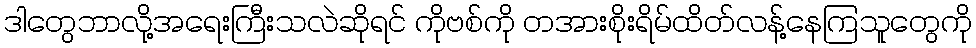
ဒါတွေဘာလို့အရေးကြီးသလဲဆိုရင် ကိုဗစ်ကို တအားစိုးရိမ်ထိတ်လန့်နေကြသူတွေကို